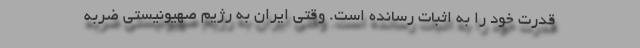
قدرت خود را به اثبات رسانده است. وقتی ایران به رژیم صهیونیستی ضربه